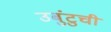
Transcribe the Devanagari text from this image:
उबुंटुची